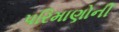
પરિમાણોની